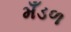
મઁડળ